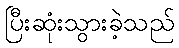
ပြီးဆုံးသွားခဲ့သည်